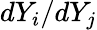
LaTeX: dY_{i}/dY_{j}